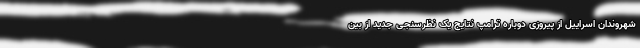
شهروندان اسراییل از پیروزی دوباره ترامپ نتایج یک نظرسنجی جدید از بین